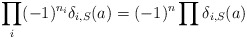
\begin{align*}\prod_i (-1)^{n_i}\delta_{i,S}(a) = (-1)^n\prod\delta_{i,S}(a)\end{align*}